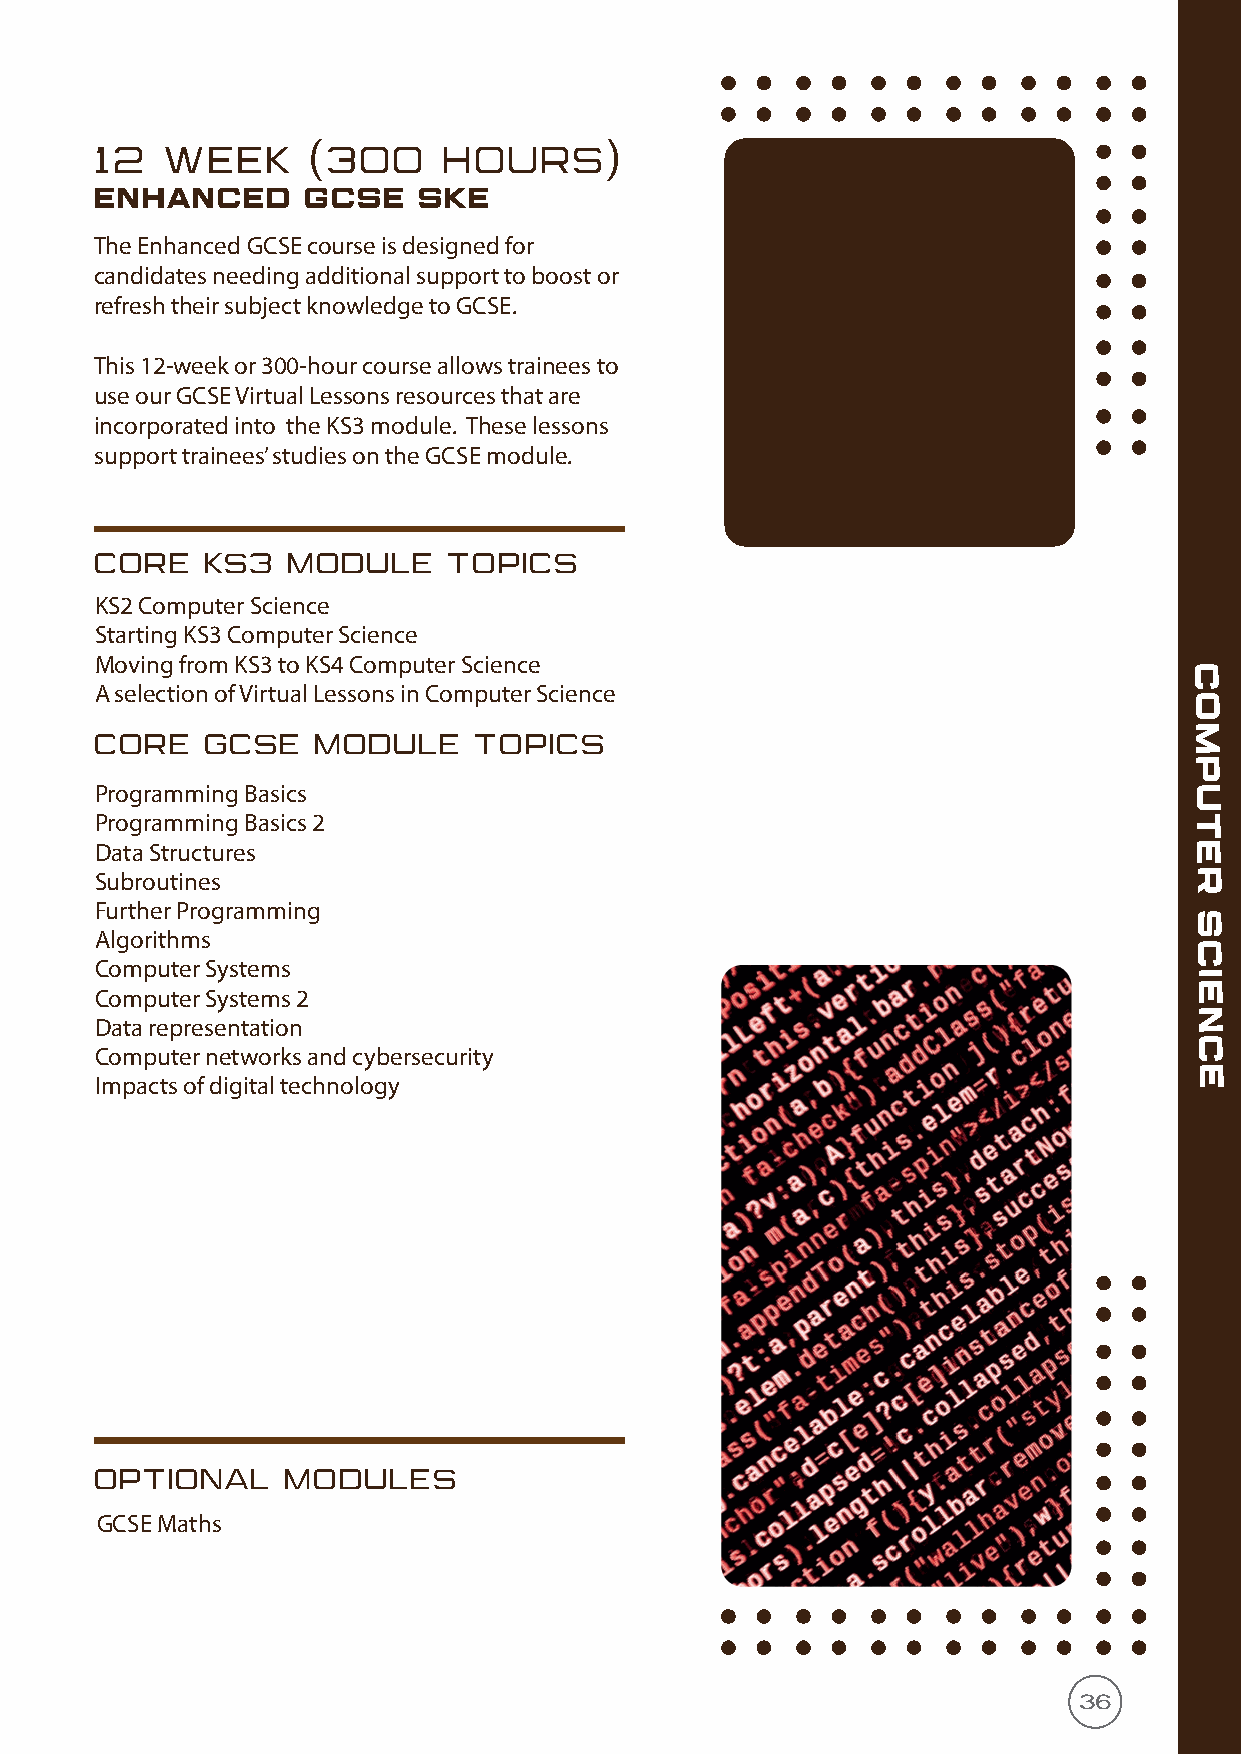
12   WEEK     (300     HOURS)
 enhanced      GCSE    SKE
 The Enhanced GCSE course is designed for
 candidates needing additional support to boost or
 refresh their subject knowledge to GCSE.
 This 12-week or 300-hour course allows trainees to
 use our GCSE Virtual Lessons resources that are
 incorporated into the KS3 module. These lessons
 support trainees’ studies on the GCSE module.
 CORE   KS3   MODULE     TOPICS
 KS2 Computer Science
 Starting KS3 Computer Science
 Moving from KS3 to KS4 Computer Science
 C
 A selection of Virtual Lessons in Computer Science
 O
 M
 CORE   GCSE    MODULE    TOPICS
 P
 Programming Basics                                                       U
 Programming Basics 2                                                     T
 Data Structures                                                          E
 Subroutines                                                              R
 Further Programming
 S
 Algorithms
 C
 Computer Systems
 I
 E
 Computer Systems 2
 N
 Data representation
 C
 Computer networks and cybersecurity
 E
 Impacts of digital technology
 OPTIONAL     MODULES
 GCSE Maths
 36